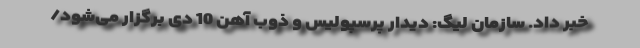
خبر داد. سازمان لیگ:‌ دیدار پرسپولیس و ذوب آهن 10 دی برگزار می‌شود/